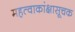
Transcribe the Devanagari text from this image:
महत्वाकांक्षासूचक